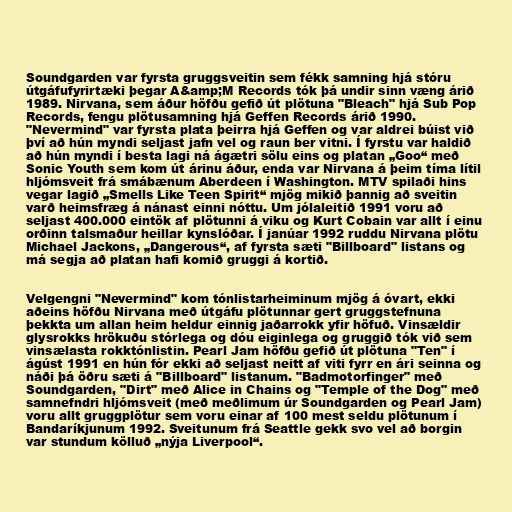
Soundgarden var fyrsta gruggsveitin sem fékk samning hjá stóru
útgáfufyrirtæki þegar A&amp;M Records tók þá undir sinn væng árið
1989. Nirvana, sem áður höfðu gefið út plötuna "Bleach" hjá Sub Pop
Records, fengu plötusamning hjá Geffen Records árið 1990.
"Nevermind" var fyrsta plata þeirra hjá Geffen og var aldrei búist við
því að hún myndi seljast jafn vel og raun ber vitni. Í fyrstu var haldið
að hún myndi í besta lagi ná ágætri sölu eins og platan „Goo“ með
Sonic Youth sem kom út árinu áður, enda var Nirvana á þeim tíma lítil
hljómsveit frá smábænum Aberdeen í Washington. MTV spilaði hins
vegar lagið „Smells Like Teen Spirit“ mjög mikið þannig að sveitin
varð heimsfræg á nánast einni nóttu. Um jólaleitið 1991 voru að
seljast 400.000 eintök af plötunni á viku og Kurt Cobain var allt í einu
orðinn talsmaður heillar kynslóðar. Í janúar 1992 ruddu Nirvana plötu
Michael Jackons, „Dangerous“, af fyrsta sæti "Billboard" listans og
má segja að platan hafi komið gruggi á kortið.

Velgengni "Nevermind" kom tónlistarheiminum mjög á óvart, ekki
aðeins höfðu Nirvana með útgáfu plötunnar gert gruggstefnuna
þekkta um allan heim heldur einnig jaðarrokk yfir höfuð. Vinsældir
glysrokks hrökuðu stórlega og dóu eiginlega og gruggið tók við sem
vinsælasta rokktónlistin. Pearl Jam höfðu gefið út plötuna "Ten" í
ágúst 1991 en hún fór ekki að seljast neitt af viti fyrr en ári seinna og
náði þá öðru sæti á "Billboard" listanum. "Badmotorfinger" með
Soundgarden, "Dirt" með Alice in Chains og "Temple of the Dog" með
samnefndri hljómsveit (með meðlimum úr Soundgarden og Pearl Jam)
voru allt gruggplötur sem voru einar af 100 mest seldu plötunum í
Bandaríkjunum 1992. Sveitunum frá Seattle gekk svo vel að borgin
var stundum kölluð „nýja Liverpool“.